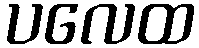
ပလေထ